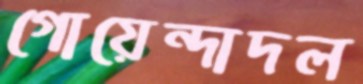
গোয়েন্দাদল